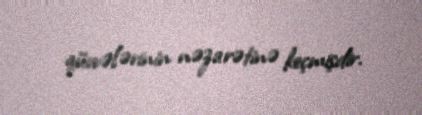
qüvvələrinin nəzarətinə keçmişdir.